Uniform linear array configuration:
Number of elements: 48
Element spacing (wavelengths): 1
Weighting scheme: hann
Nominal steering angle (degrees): -30
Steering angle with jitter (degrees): -28.348
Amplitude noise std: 0.05
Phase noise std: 0.05

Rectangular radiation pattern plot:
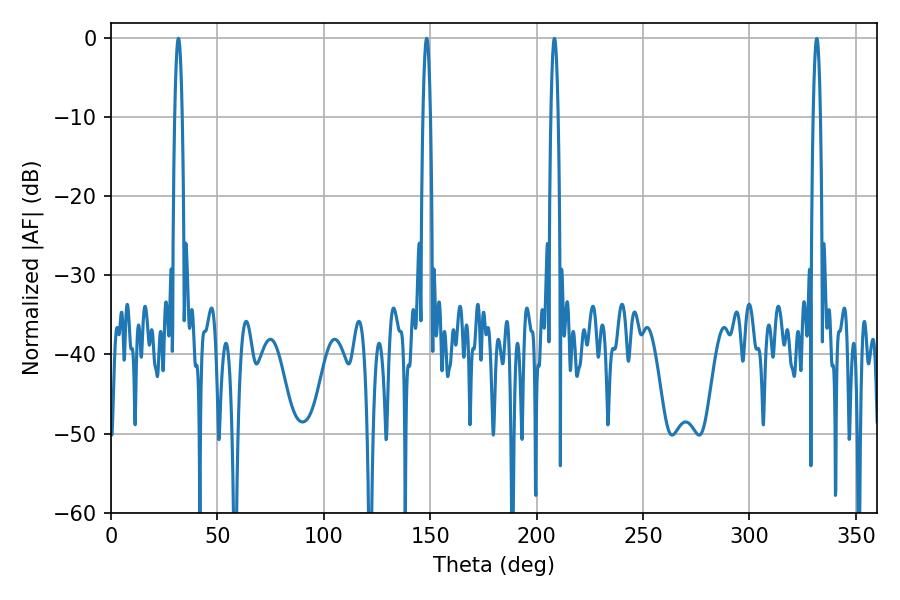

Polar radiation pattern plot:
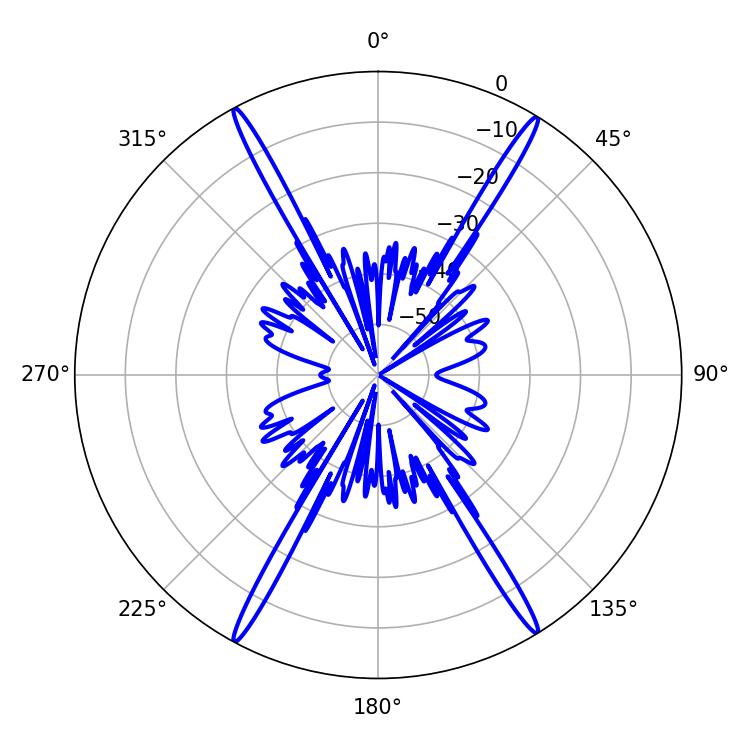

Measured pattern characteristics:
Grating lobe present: TRUE
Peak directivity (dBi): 26.153
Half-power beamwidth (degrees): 1.8
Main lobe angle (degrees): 31.68